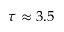
\tau \approx 3 . 5